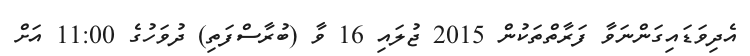
އެދިވަޑައިގަންނަވާ ފަރާތްތަކުން 2015 ޖުލައި 16 ވާ (ބުރާސްފަތި) ދުވަހުގެ 11:00 އަށް